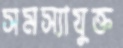
সমস্যাযুক্ত